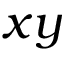
x y